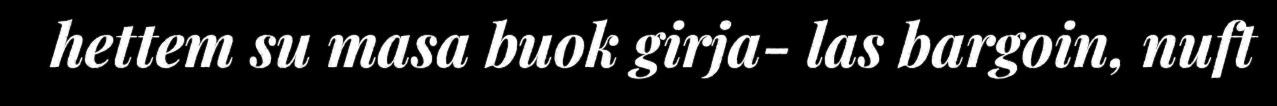
hettem su masa buok girja- las bargoin, nuft